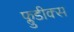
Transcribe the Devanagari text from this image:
फ्लुडीक्स